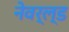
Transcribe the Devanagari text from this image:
नेवर्ल्ड